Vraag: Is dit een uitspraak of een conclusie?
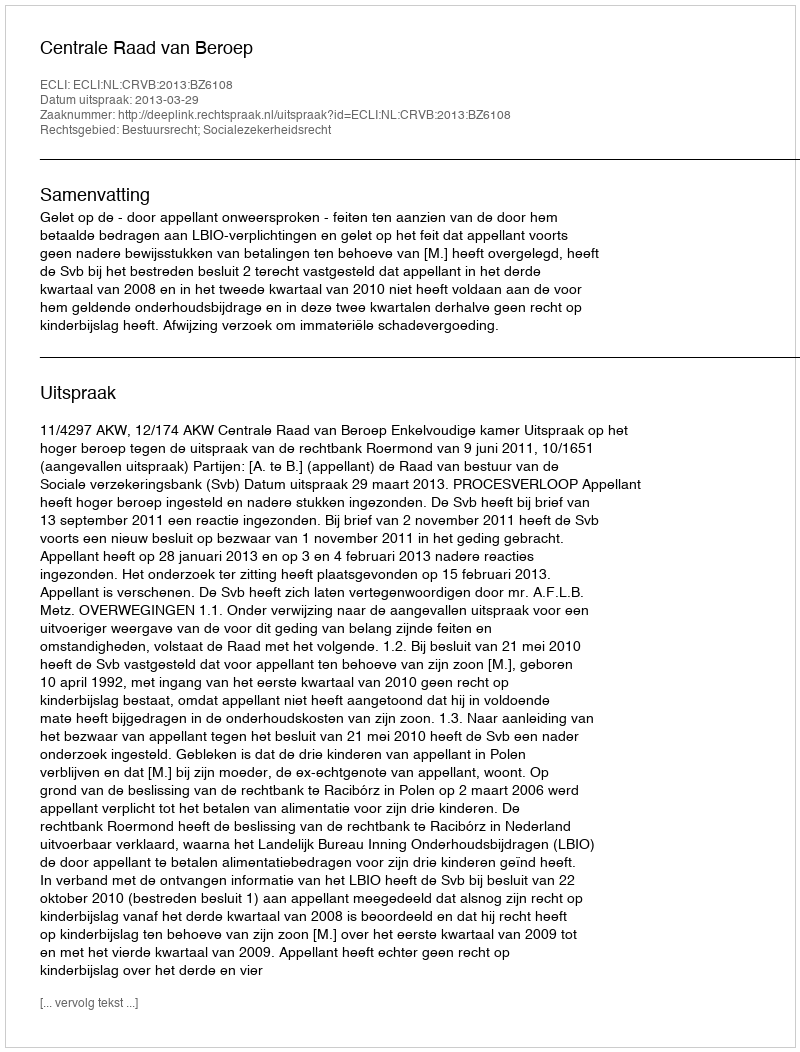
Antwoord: Uitspraak